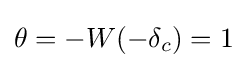
\theta =-W(-\delta _{c})=1